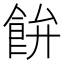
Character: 𩚳